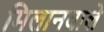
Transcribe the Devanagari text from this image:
मिलानवाले